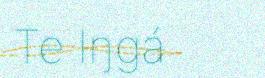
Te Iŋgá